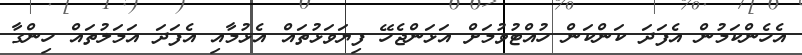
އެހެންކަމުން އެފަދަ ކަންކަން ހުއްޓުވުމަށް އަޅަންޖެހޭ ފިޔަވަޅުތައް އެޅުމާއި އެފަދަ އަމަލުތައް ހިންގާ